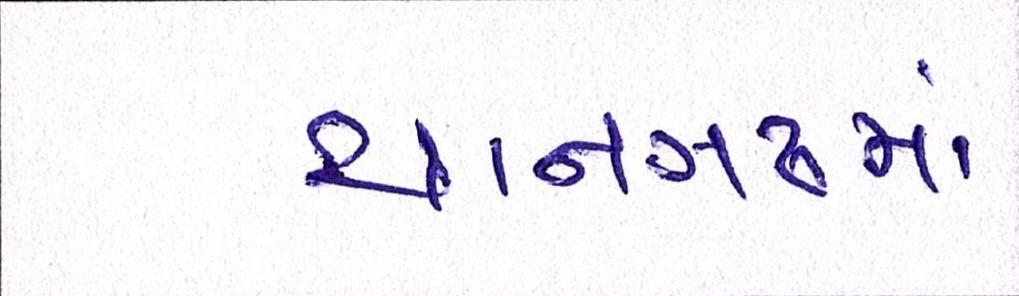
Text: થાનગઢમાં